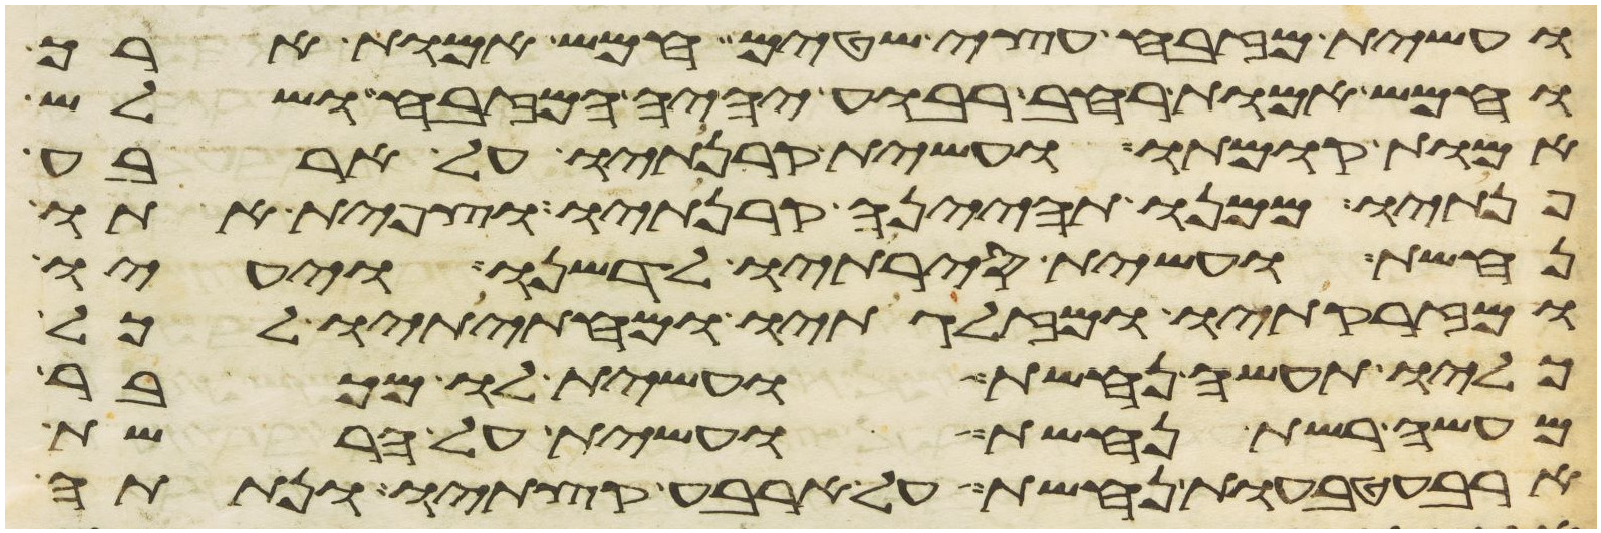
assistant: ועשית מזבח עצי שטים חמש אמות ארך
וחמש אמות רחב רבוע יהיה המזבח ושלש
אמות קומתו ועשית קרנתיו על ארבע
פנתיו ממנו תהינה קרנתיו וצפית אתו
נחשת ועשית סירתיו לדשנו ויעיו
ומזרקתיו ומזלגתיו ומחתיתיו לכל
כליו תעשה נחשת ועשית לו מכבר
מעשה רשת נחשת ועשית על הרשת
ארבע טבעות נחשת על ארבע קצתיו ונתתה